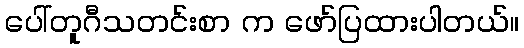
ပေါ်တူဂီသတင်းစာ က ဖော်ပြထားပါတယ်။